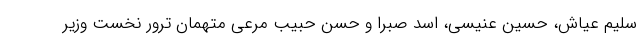
سلیم عیاش، حسین عنیسی، اسد صبرا و حسن حبیب مرعی متهمان ترور نخست وزیر